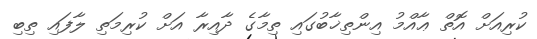
ކުރިއަށް އޮތް ޢާއްމު އިންތިޚާބުގައި ތިމާގެ ދާއިރާ އަށް ކުރިމަތި ލާފައި ތިބި